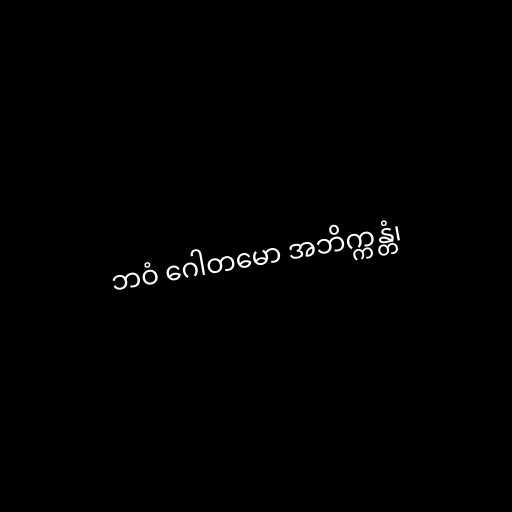
ဘဝံ ဂေါတမော အဘိက္ကန္တံ၊